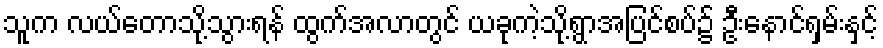
သူက လယ်တောသို့သွားရန် ထွက်အလာတွင် ယခုကဲ့သို့ရွာအပြင်စပ်၌ ဦးနောင်ရှမ်းနှင့်